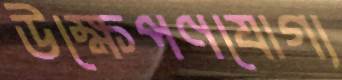
উক্ষেপণযোগ্য